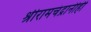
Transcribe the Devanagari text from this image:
श्रीरामचंद्रानीही